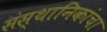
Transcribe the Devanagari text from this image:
संस्थानिकांचा